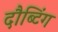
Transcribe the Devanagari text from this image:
दौब्टिंग